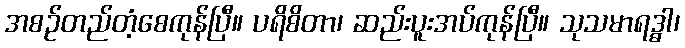
အစဉ်တည်တံ့စေကုန်ပြီ။ ပရိစိတာ၊ ဆည်းပူးအပ်ကုန်ပြီ။ သုသမာရဒ္ဓါ၊